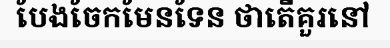
បែងចែកមែនទែន ថាតើគួរនៅ